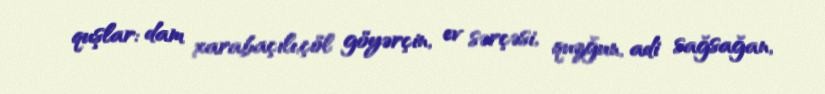
quşlar: dam xarabaçılı,çöl göyərçin, ev sərçəsi, quzğun, adi sağsağan,